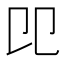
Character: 𠨎